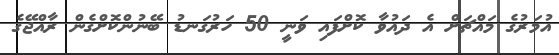
އުމަރުގެ މައްޗަށް އެ ދައުވާ ކޮށްފައި ވަނީ 50 ހަރުގަނޑު ބޭނުންކޮށްގެން ރާއްޖޭގެ